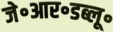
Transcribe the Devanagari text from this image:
जे॰आर॰डब्लू॰